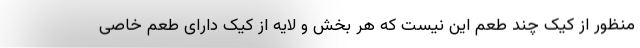
منظور از کیک چند طعم این نیست که هر بخش و لایه از کیک دارای طعم خاصی